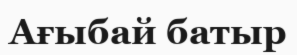
Ағыбай батыр